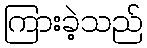
ကြားခဲ့သည်